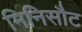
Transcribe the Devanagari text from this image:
मिनिसौट